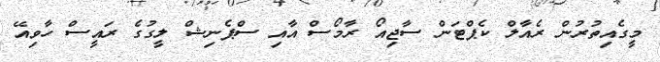
މީގެއިތުރުން ރެއާލް ކެޕްޓަން ސާޖިއޯ ރާމޯސް އާއި ސްޕެނިޝް ލީގުގެ ރައީސް ހާވިއޭ